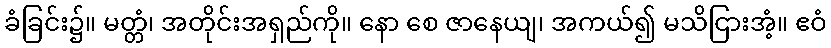
ခံခြင်း၌။ မတ္တံ၊ အတိုင်းအရှည်ကို။ နော စေ ဇာနေယျ၊ အကယ်၍ မသိငြားအံ့။ ဧဝံ